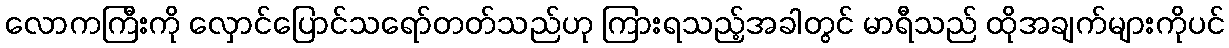
လောကကြီးကို လှောင်ပြောင်သရော်တတ်သည်ဟု ကြားရသည့်အခါတွင် မာရီသည် ထိုအချက်များကိုပင်